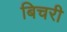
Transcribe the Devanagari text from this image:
बिचरी